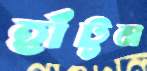
হাঁটুন